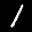
Label: 1